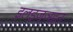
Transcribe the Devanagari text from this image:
इलइज्ञइन